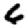
Digit: 6